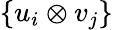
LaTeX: \{ u_{i}\otimes v_{j}\}